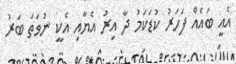
އެއީ ބައެއް ފަހަރު ކުޑަކަމު ދާ އިރު އެޔާއި އެކީ ނުވަތަ ބަރު